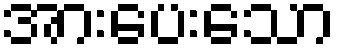
အားပေးသော